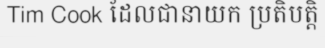
Tim Cook ដែលជានាយក ប្រតិបត្តិ